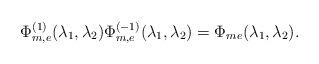
LaTeX: \begin{align*} \Phi_{m,e}^{(1)}(\lambda_1,\lambda_2)\Phi_{m,e}^{(-1)}(\lambda_1,\lambda_2)=\Phi_{me}(\lambda_1,\lambda_2).\end{align*}